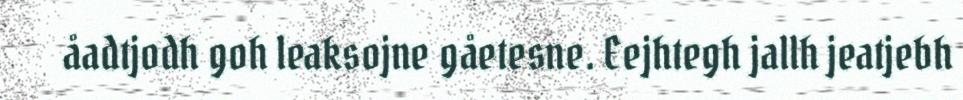
åadtjodh goh leaksojne gåetesne. Eejhtegh jallh jeatjebh